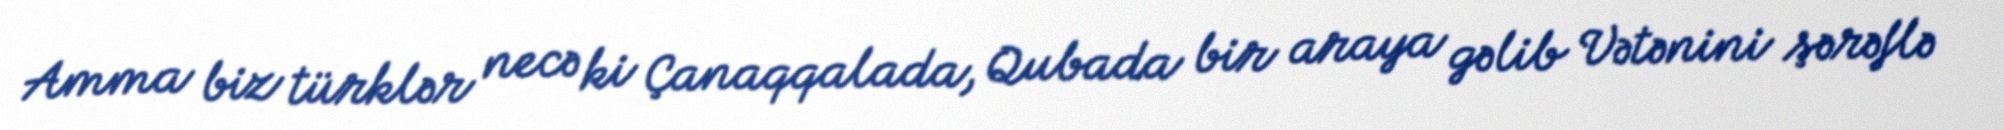
Amma biz türklər necə ki Çanaqqalada, Qubada bir araya gəlib Vətənini şərəflə